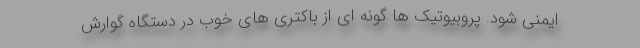
ایمنی شود. پروبیوتیک ها گونه ای از باکتری های خوب در دستگاه گوارش